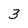
Character: 3